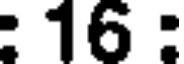
: 16 :